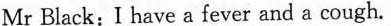
Mr Black: I have a fever and a cough.